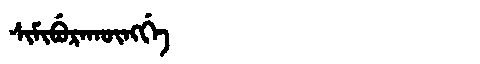
Manchu: ᠰᡳᠮᡳᠪᡠᡵᠠᡴᡡᠩᡤᡝ
Romanization: SIMIBURAKŪNGGE